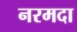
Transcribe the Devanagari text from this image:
नरमदा